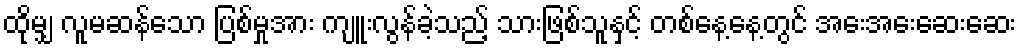
ထိုမျှ လူမဆန်သော ပြစ်မှုအား ကျူးလွန်ခဲ့သည့် သားဖြစ်သူနှင့် တစ်နေ့နေ့တွင် အေးအေးဆေးဆေး